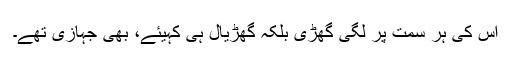
اس کی ہر سمت پر لگی گھڑی بلکہ گھڑیال ہی کہیئے، بھی جہازی تھے۔